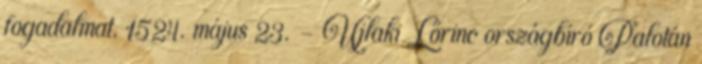
fogadalmat. 1524. május 23. – Újlaki Lőrinc országbíró Palotán